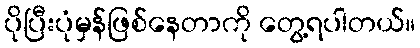
ပိုပြီးပုံမှန်ဖြစ်နေတာကို တွေ့ရပါတယ်။